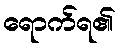
ရောက်ရ၏